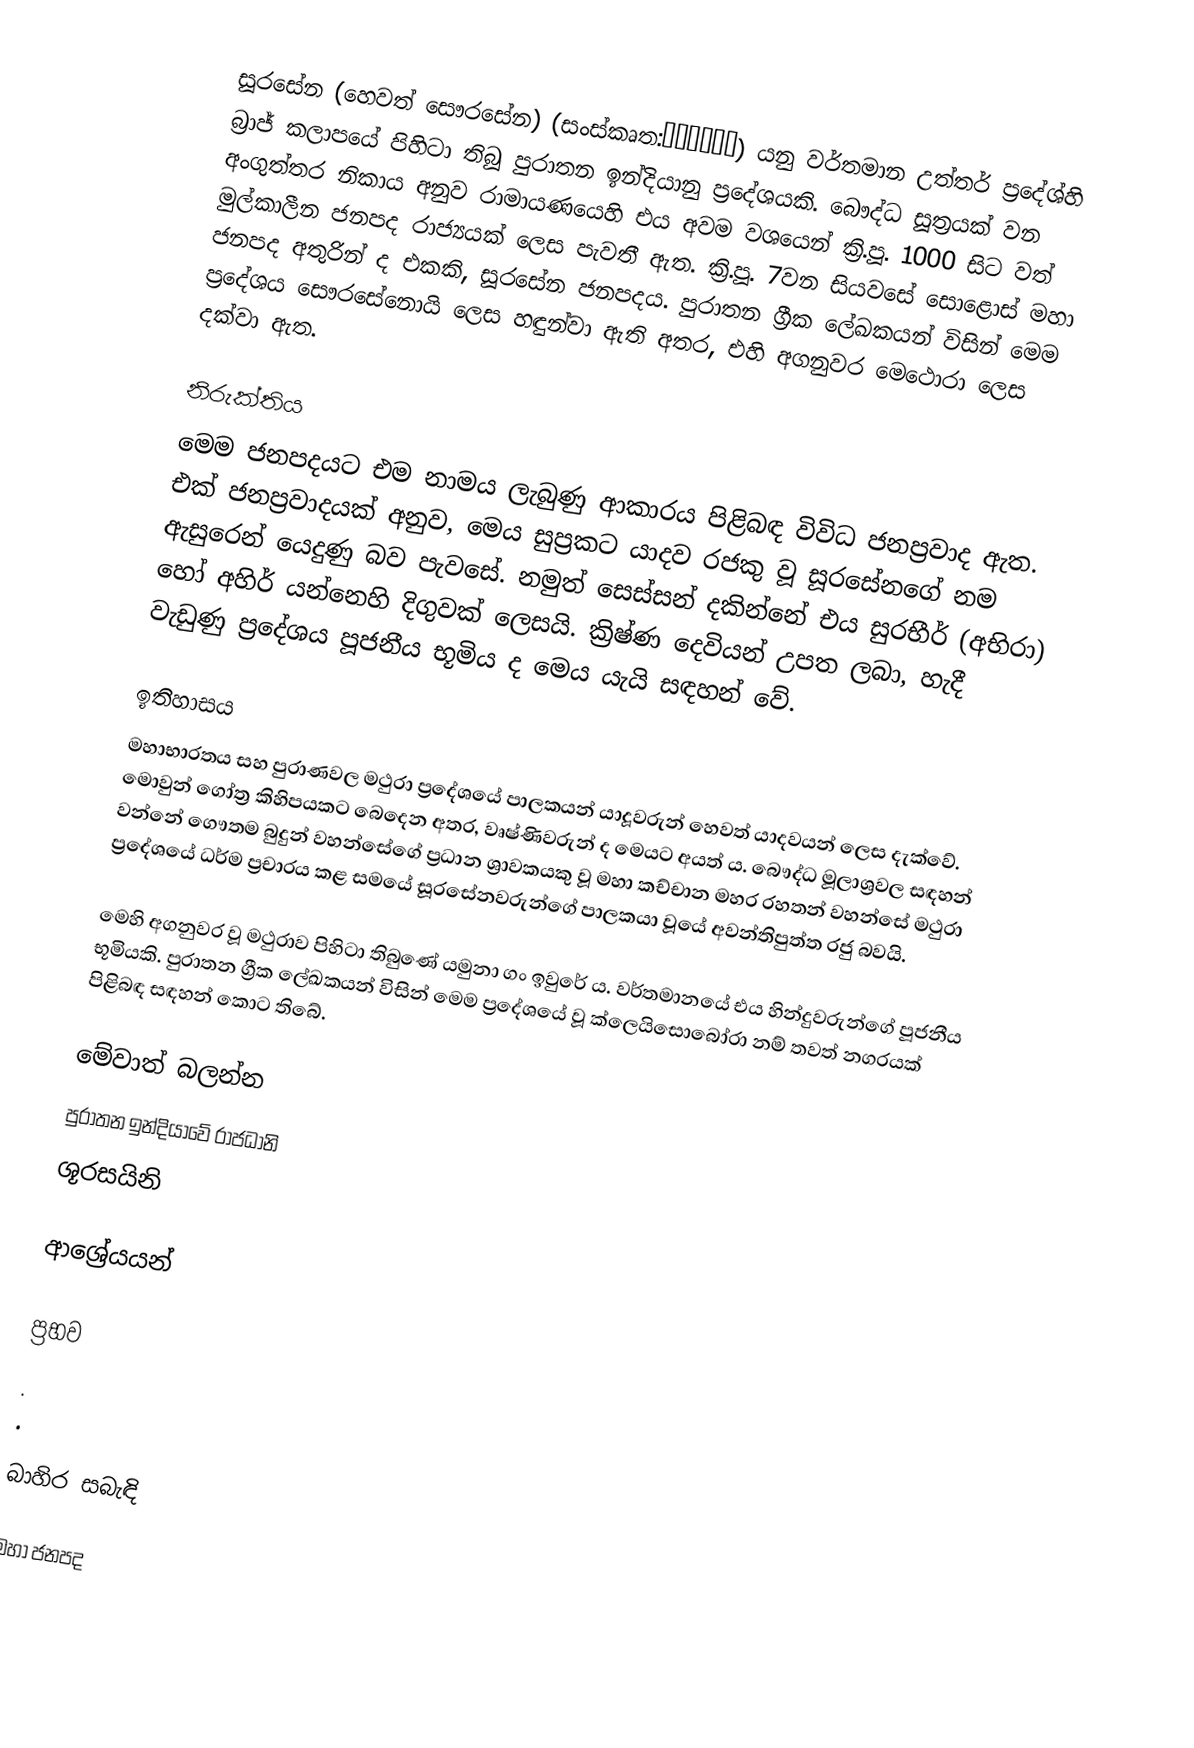
සූරසේන (හෙවත් සෞරසේන) (සංස්කෘත:शूरसेन) යනු වර්තමාන උත්තර් ප්‍රදේශ්හි බ්‍රාජ් කලාපයේ පිහිටා තිබූ පුරාතන ඉන්දියානු ප්‍රදේශයකි. බෞද්ධ සූත්‍රයක් වන අංගුත්තර නිකාය අනුව රාමායණයෙහි එය අවම වශයෙන් ක්‍රි.පූ. 1000 සිට වත් මුල්කාලීන ජනපද රාජ්‍යයක් ලෙස පැවතී ඇත. ක්‍රි.පූ. 7වන සියවසේ සොළොස් මහා ජනපද අතුරින් ද එකකි, සූරසේන ජනපදය‍. පුරාතන ්‍රගීක ලේඛකයන් විසින් මෙම ප්‍රදේශය සෞරසේනොයි ලෙස හඳුන්වා ඇති අතර, එහි අගනුවර මෙථොරා ලෙස දක්වා ඇත.

නිරුක්තිය
මෙම ජනපදයට එම නාමය ලැබුණු ආකාරය පිළිබඳ විවිධ ජනප්‍රවාද ඇත. එක් ජනප්‍රවාදයක් අනුව, මෙය සුප්‍රකට යාදව රජකු වූ සූරසේනගේ නම ඇසුරෙන් යෙදුණු බව පැවසේ. නමුත් සෙස්සන් දකින්නේ එය සුරභීර් (අභිරා) හෝ අහිර් යන්නෙහි දිගුවක් ලෙසයි. ක්‍රිෂ්ණ දෙවියන් උපත ලබා, හැදී වැඩුණු ප්‍රදේශය පූජනීය භූමිය ද මෙය යැයි සඳහන් වේ.

ඉතිහාසය
මහාභාරතය සහ පුරාණවල මථුරා ප්‍රදේශයේ පාලකයන් යාදූවරුන් හෙවත් යාදවයන් ලෙස දැක්වේ. මොවුන් ගෝත්‍ර කිහිපයකට බෙදෙන අතර, වෘෂ්ණිවරුන් ද මෙයට අයත් ය. බෞද්ධ මූලාශ්‍රවල සඳහන් වන්නේ ගෞතම බුදුන් වහන්සේගේ ප්‍රධාන ශ්‍රාවකයකු වූ මහා කච්චාන මහර රහතන් වහන්සේ මථුරා ප්‍රදේශයේ ධර්ම ප්‍රචාරය කළ සමයේ සූරසේනවරුන්ගේ පාලකයා වූයේ අවන්තිපුත්ත රජු බවයි.

මෙහි අගනුවර වූ මථුරාව පිහිටා තිබුණේ යමුනා ගං ඉවුරේ ය. වර්තමානයේ එය හින්දුවරුන්ගේ පූජනීය භූමියකි. පුරාතන ග්‍රීක ලේඛකයන් විසින් මෙම ප්‍රදේශයේ වූ ක්ලෙයිසොබෝරා නම් තවත් නගරයක් පිළිබඳ සඳහන් කොට තිබේ.

මේවාත් බලන්න
 පුරාතන ඉන්දියාවේ රාජධානි
ශූර‍සයිනි

ආශ්‍රේයයන්

ප්‍රභව
.
.

බාහිර සබැඳි

මහා ජනපද